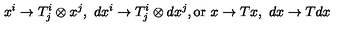
x ^ { i } \rightarrow T _ { j } ^ { i } \otimes x ^ { j } , \ d x ^ { i } \rightarrow T _ { j } ^ { i } \otimes d x ^ { j } , \mathrm { o r } \ x \rightarrow T x , \ d x \rightarrow T d x